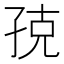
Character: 𭓃